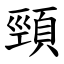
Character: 頸